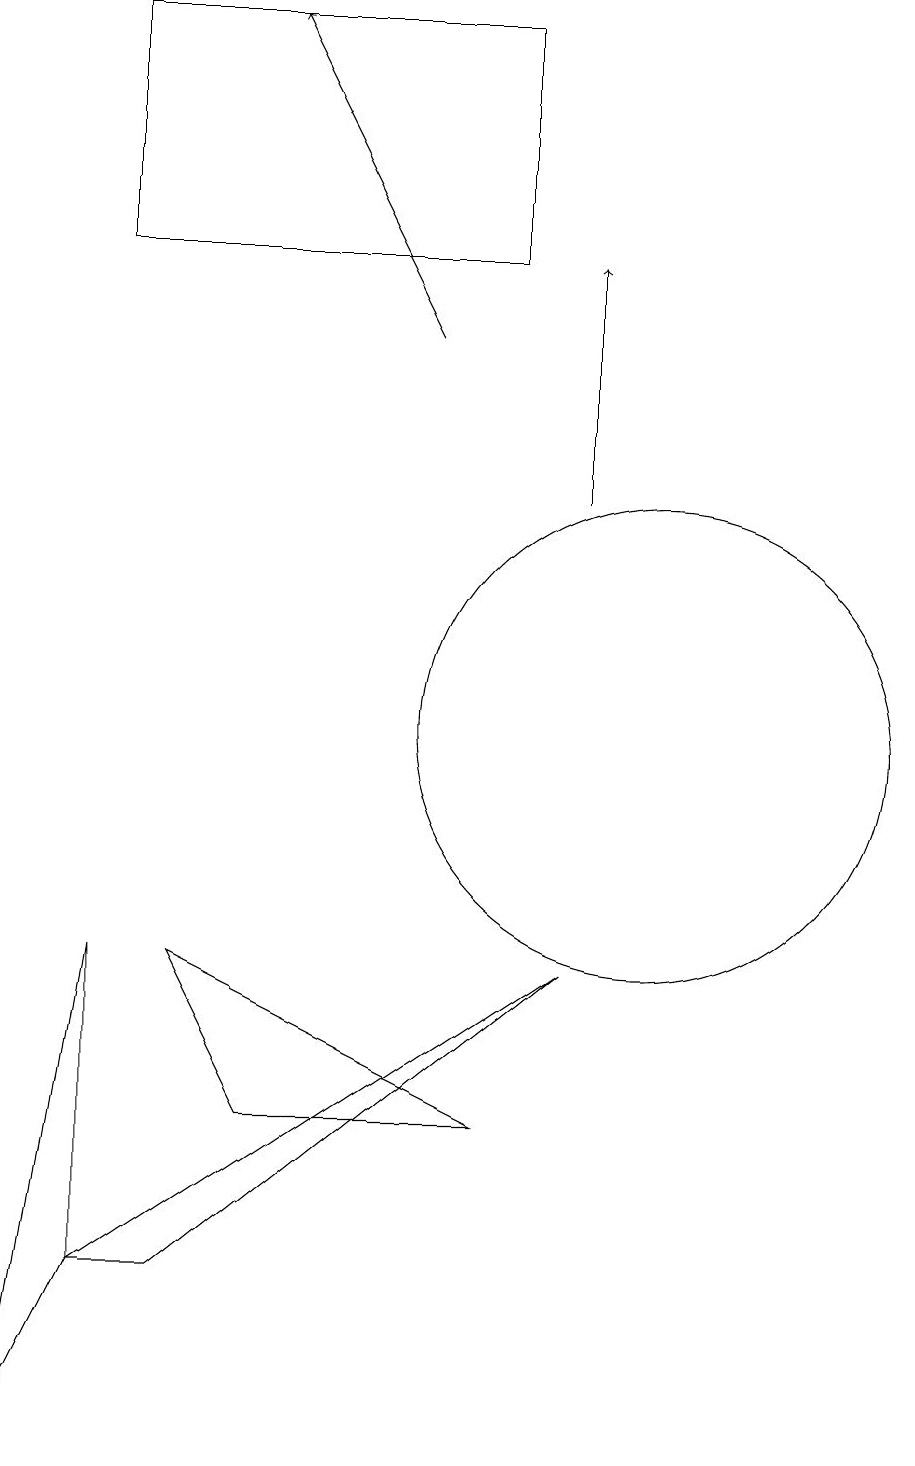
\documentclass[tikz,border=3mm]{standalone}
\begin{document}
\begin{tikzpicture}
\draw (8,16) rectangle (3,19);
\draw[->] (7,15) -- (5,19);
\draw (4,3) -- (9,7) -- (3,3) -- cycle;
\draw (2,1) -- (3,7) -- (3,3) -- cycle;
\draw (10,10) circle (3);
\draw (4,7) -- (8,5) -- (5,5) -- cycle;
\draw[->] (9,13) -- (9,16);
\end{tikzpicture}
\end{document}